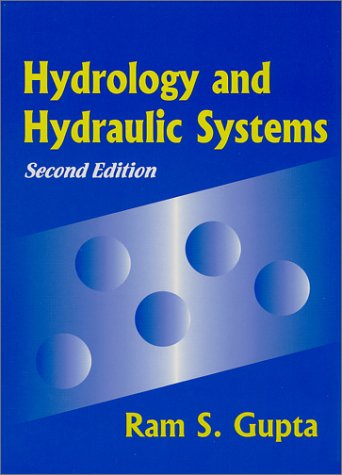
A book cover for Hydrology and Hydraulic Systems; Ram S. Gupta; Science & Math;